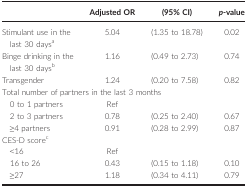
|  | Adjusted OR | (95% CI) | p‐value |
 | --- | --- | --- | --- |
 | Stimulant use in the last 30 daysa | 5.04 | (1.35 to 18.78) | 0.02 |
 | Binge drinking in the last 30 daysb | 1.16 | (0.49 to 2.73) | 0.74 |
 | Transgender | 1.24 | (0.20 to 7.58) | 0.82 |
 | <COLSPAN=4> Total number of partners in the last 3 months |
 | 0 to 1 partners | Ref |  |  |
 | 2 to 3 partners | 0.78 | (0.25 to 2.40) | 0.67 |
 | ≥4 partners | 0.91 | (0.28 to 2.99) | 0.87 |
 | <COLSPAN=4> CES‐D scorec |
 | <16 | Ref |  |  |
 | 16 to 26 | 0.43 | (0.15 to 1.18) | 0.10 |
 | ≥27 | 1.18 | (0.34 to 4.11) | 0.79 |